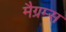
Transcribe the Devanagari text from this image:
मैग्रम्स